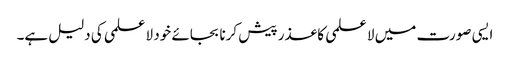
ایسی صورت میں لا علمی کا عذر پیش کرنا بجائے خود لا علمی کی دلیل ہے۔